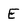
Character: E